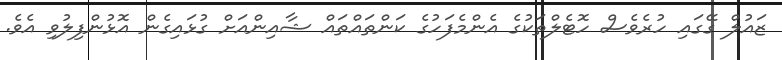
ޒައުލް ގޭގައި ހުރެވެސް ހޮޓެލްތަކުގެ އެންމެފަހުގެ ކަންތައްތައް ޝާއިންއަށް ގުޅައިގެން އޮޅުންފިލުވި އެވެ.